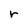
Character: r